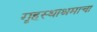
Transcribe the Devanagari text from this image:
गृहस्थाश्रमाचा